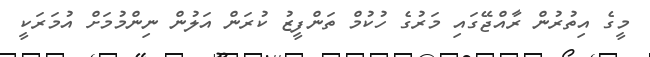
މީގެ އިތުރުން ރާއްޖޭގައި މަރުގެ ހުކުމް ތަންފީޒު ކުރަން އަލުން ނިންމުމަށް އުމަރަކީ